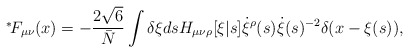
\begin{align*}\mbox{\mbox{}$^*\!$} F_{\mu\nu}(x) = - \frac{2 \sqrt{6}}{\bar{N}} \int \delta\xi ds H_{\mu\nu\rho}[\xi|s] \dot{\xi}^\rho(s) \dot{\xi}(s)^{-2} \delta(x-\xi(s)),\end{align*}